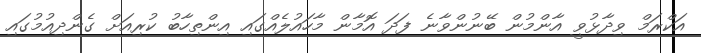
އަކްރަމް ވިދާޅުވީ އާންމުން ބޭނުންވާނެ ފަދަ އޮމާން މާހައުލެއްގައި އިންތިހާބު ކުރިއަށް ގެންދިއުމުގައި